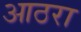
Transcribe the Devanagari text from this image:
आठरा